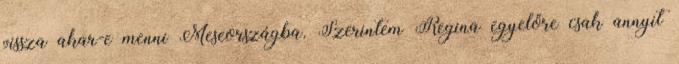
vissza akar-e menni Meseországba. Szerintem Regina egyelőre csak annyit